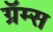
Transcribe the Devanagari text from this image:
ग्रॅम्स